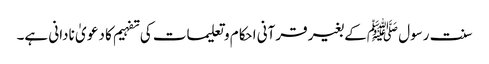
سنت رسول ﷺکے بغیر قرآنی احکام و تعلیمات کی تفہیم کا دعو یٰ نادانی ہے۔